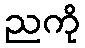
ညကို